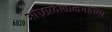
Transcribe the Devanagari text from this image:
आंध्रप्रदेशालगतच्या